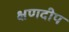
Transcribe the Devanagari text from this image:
क्षणदीप